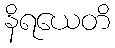
နိရယေတိ